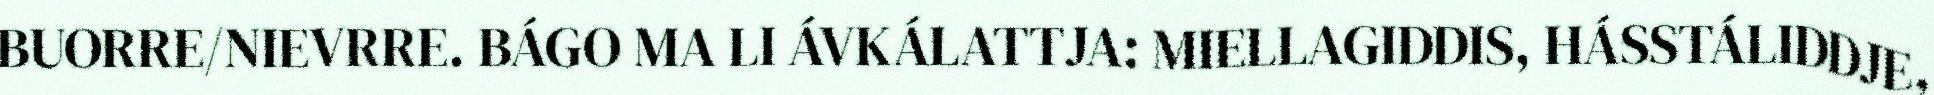
BUORRE/NIEVRRE. BÁGO MA LI ÁVKÁLATTJA: MIELLAGIDDIS, HÁSSTÁLIDDJE,